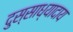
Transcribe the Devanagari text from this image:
दुस्साध्यादाय